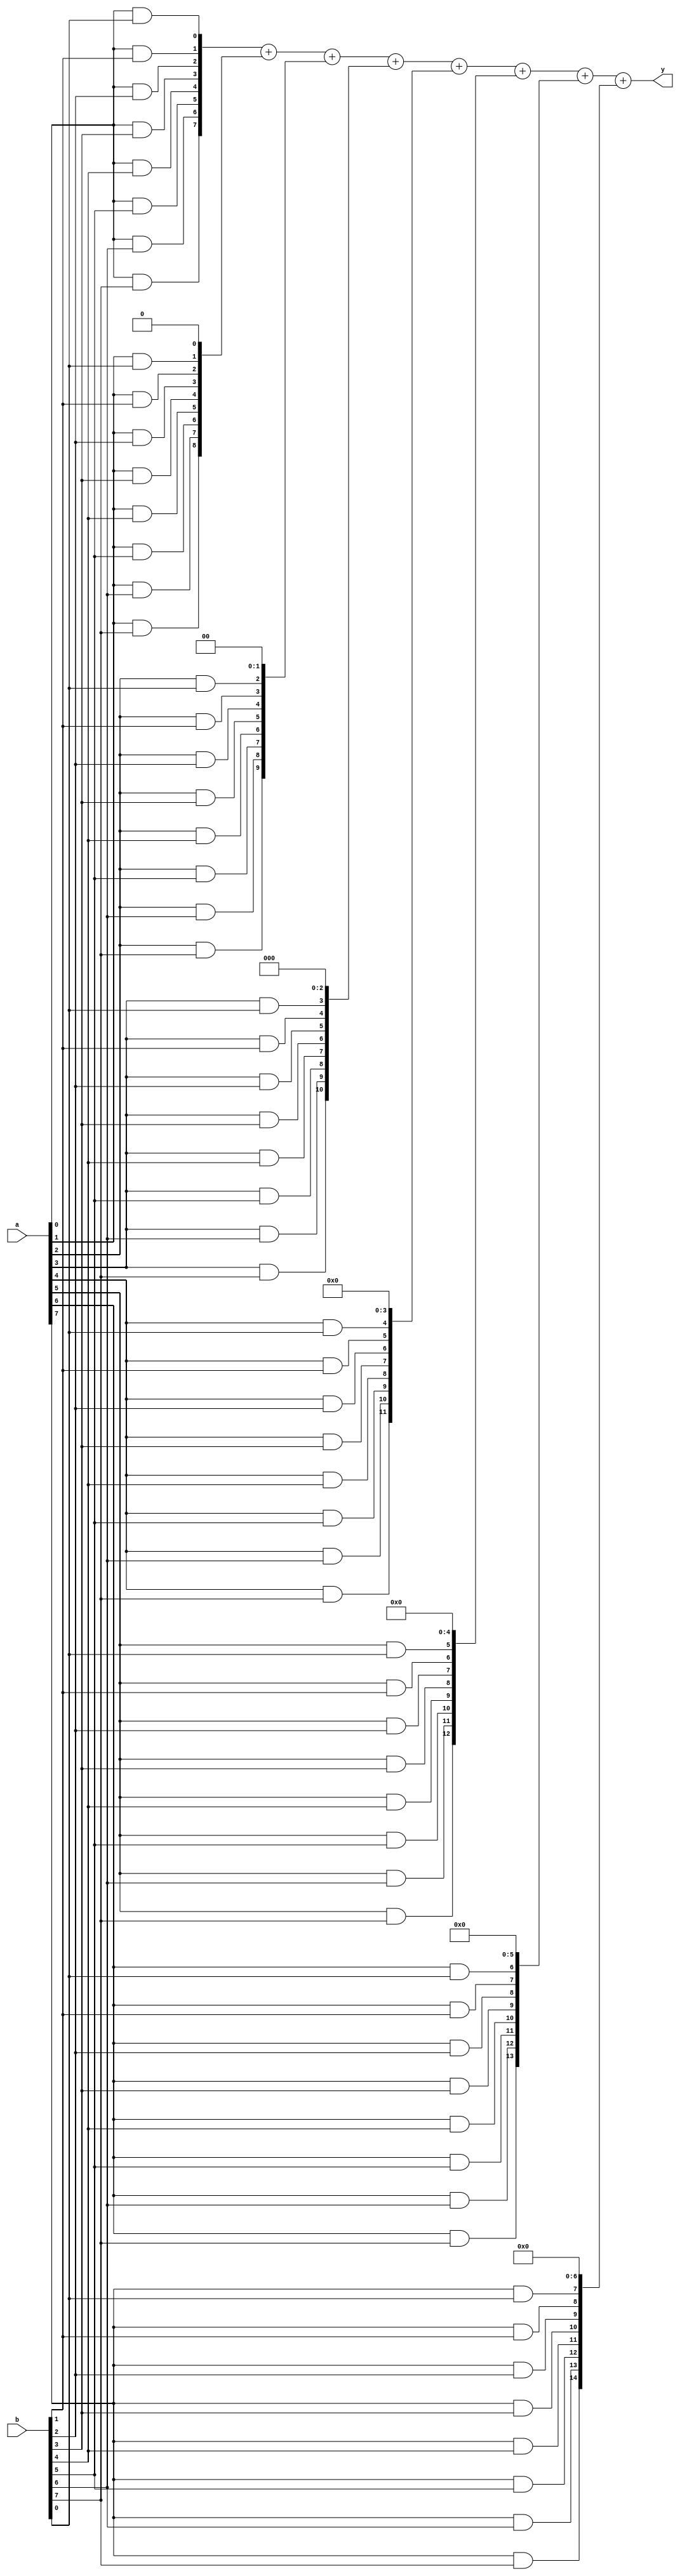
module mul8_v4 (input [7:0] a,b, output [15:0] y);

	genvar i,j;
	wire [7:0]p[0:7];
	//wire [7:0] p[0];
	//wire [7:0] p[1]
	//wire [7:0] p[2]
	//wire [7:0] p[3]
	//wire [7:0] p[4]..
	
	
	//the block outside the alwaus is generator block
	
	for(i=0;i<8;i=i+1)	begin
		for (j=0;j<8;j=j+1) begin
			and Gij	(p[i][j],a[i],b[j]);
		end
	end
	
	
	wire [14:0] R[0:7];;
	
	assign R[0] = {7'b0000000,p[0]};
	assign R[1] = {6'b000000,p[1],1'b0};
	assign R[2] = {5'b00000,p[2],2'b00};
	assign R[3] = {4'b0000,p[3],3'b00};
	assign R[4] = {3'b00,p[4],4'b0000};
	assign R[5] = {2'b00,p[5],5'b00000};
	assign R[6] = {1'b0,p[6],6'b000000};
	assign R[7] = {p[7],7'b0000000};
	
	assign y=R[0]+R[1]+R[2]+R[3]+R[4]+R[5]+R[6]+R[7];
endmodule